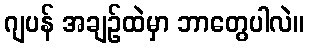
ဂျပန် အချဉ်ထဲမှာ ဘာတွေပါလဲ။